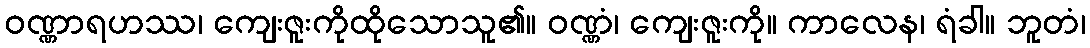
ဝဏ္ဏာရဟဿ၊ ကျေးဇူးကိုထိုသောသူ၏။ ဝဏ္ဏံ၊ ကျေးဇူးကို။ ကာလေန၊ ရံခါ။ ဘူတံ၊